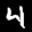
Label: 4